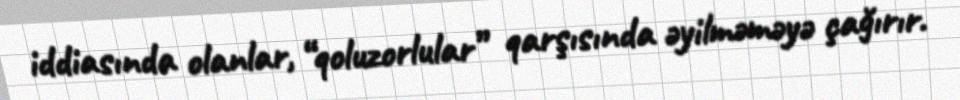
iddiasında olanlar, “qoluzorlular” qarşısında əyilməməyə çağırır.